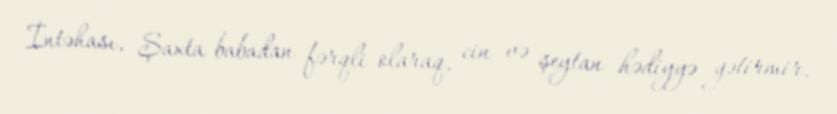
İntəhası, Şaxta babadan fərqli olaraq, cin və şeytan hədiyyə gətirmir,